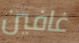
غافين